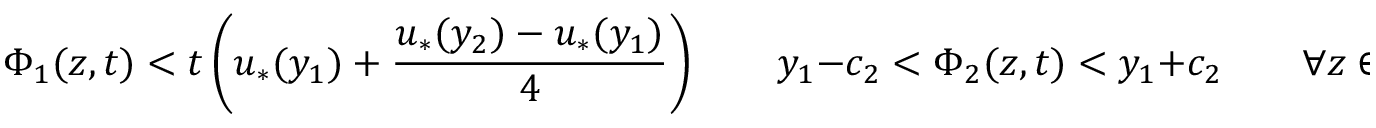
\Phi _ { 1 } ( z , t ) < t \left( u _ { * } ( y _ { 1 } ) + \frac { u _ { * } ( y _ { 2 } ) - u _ { * } ( y _ { 1 } ) } { 4 } \right) \qquad y _ { 1 } - c _ { 2 } < \Phi _ { 2 } ( z , t ) < y _ { 1 } + c _ { 2 } \qquad \forall z \in A ( t ) ,